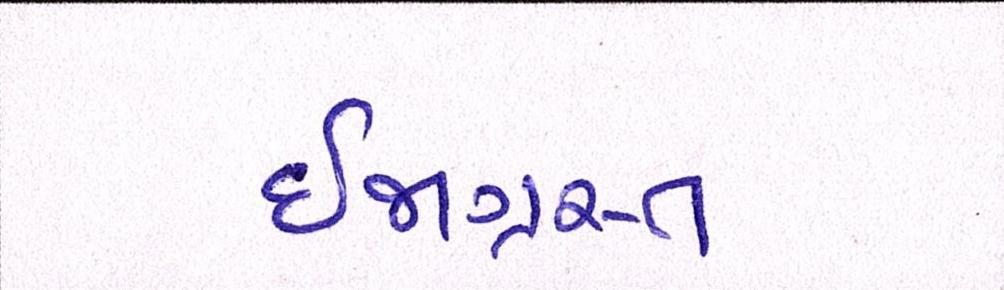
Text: ઈજાગ્રસ્ત